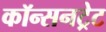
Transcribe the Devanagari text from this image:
कॉन्सनट्रेट